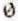
0